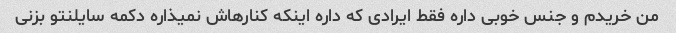
من خریدم و جنس خوبی داره فقط ایرادی که داره اینکه کنارهاش نمیذاره دکمه سایلنتو بزنی